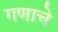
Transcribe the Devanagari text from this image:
गणाचे